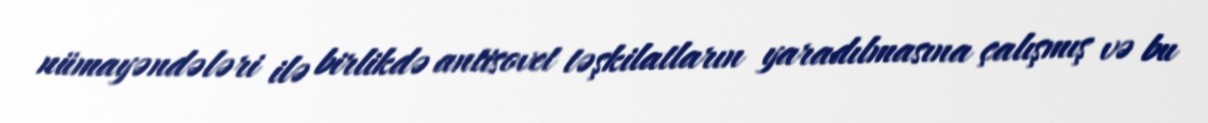
nümayəndələri ilə birlikdə antisovet təşkilatların yaradılmasına çalışmış və bu